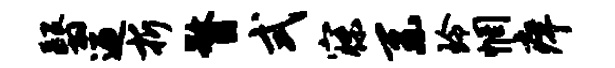
翳迎折瞀式寐系玲惘痒